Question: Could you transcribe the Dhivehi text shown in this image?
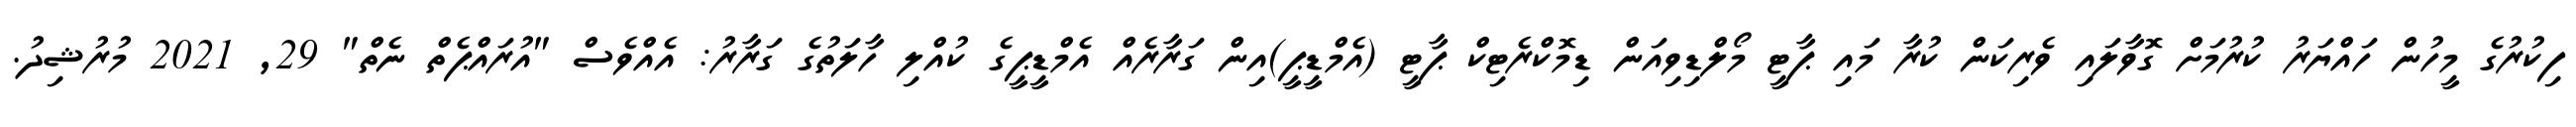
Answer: ފިކުރުގެ މީހުން ހައްޔަރު ކުރުމަށް ގޮވާލައި ވެރިކަން ކުރާ މައި ޕާޓީ މޯލްޑިވިއަން ޑިމޮކްރެޓިކް ޕާޓީ (އެމްޑީޕީ)އިން ގަރާރެއް އެމްޑީޕީގެ ކުއްލި ހާލަތުގެ ގަރާރު: އެއްވެސް "އުރައްޕެތް ނެތް" 29, 2021 މުރުޝިދު.